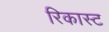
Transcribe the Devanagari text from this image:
रिकास्ट